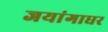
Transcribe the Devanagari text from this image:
जयांगाधर